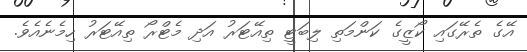
އޭގެ ތެރޭގައި ކޯޒީގެ ކަންމަތި ލިބަޓީ ތިއޭޓަރު އަދި މެޓްރޯ ތިއޭޓަރު ހިމެނެއެވެ.